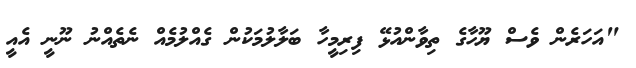
"އަހަރެން ވެސް ޔޫހާގެ ތިވާންއުޅޭ ފިރިމީހާ ބަލާލުމަކުން ގެއްލުމެއް ނެތެއްނު ނޫނީ އެއީ